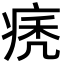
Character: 痜